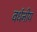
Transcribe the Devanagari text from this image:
वर्धनीय